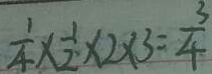
\frac { 1 } { 4 } \times \frac { 1 } { 2 } \times 2 \times 3 = \frac { 3 } { 4 }